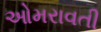
ઓમરાવતી